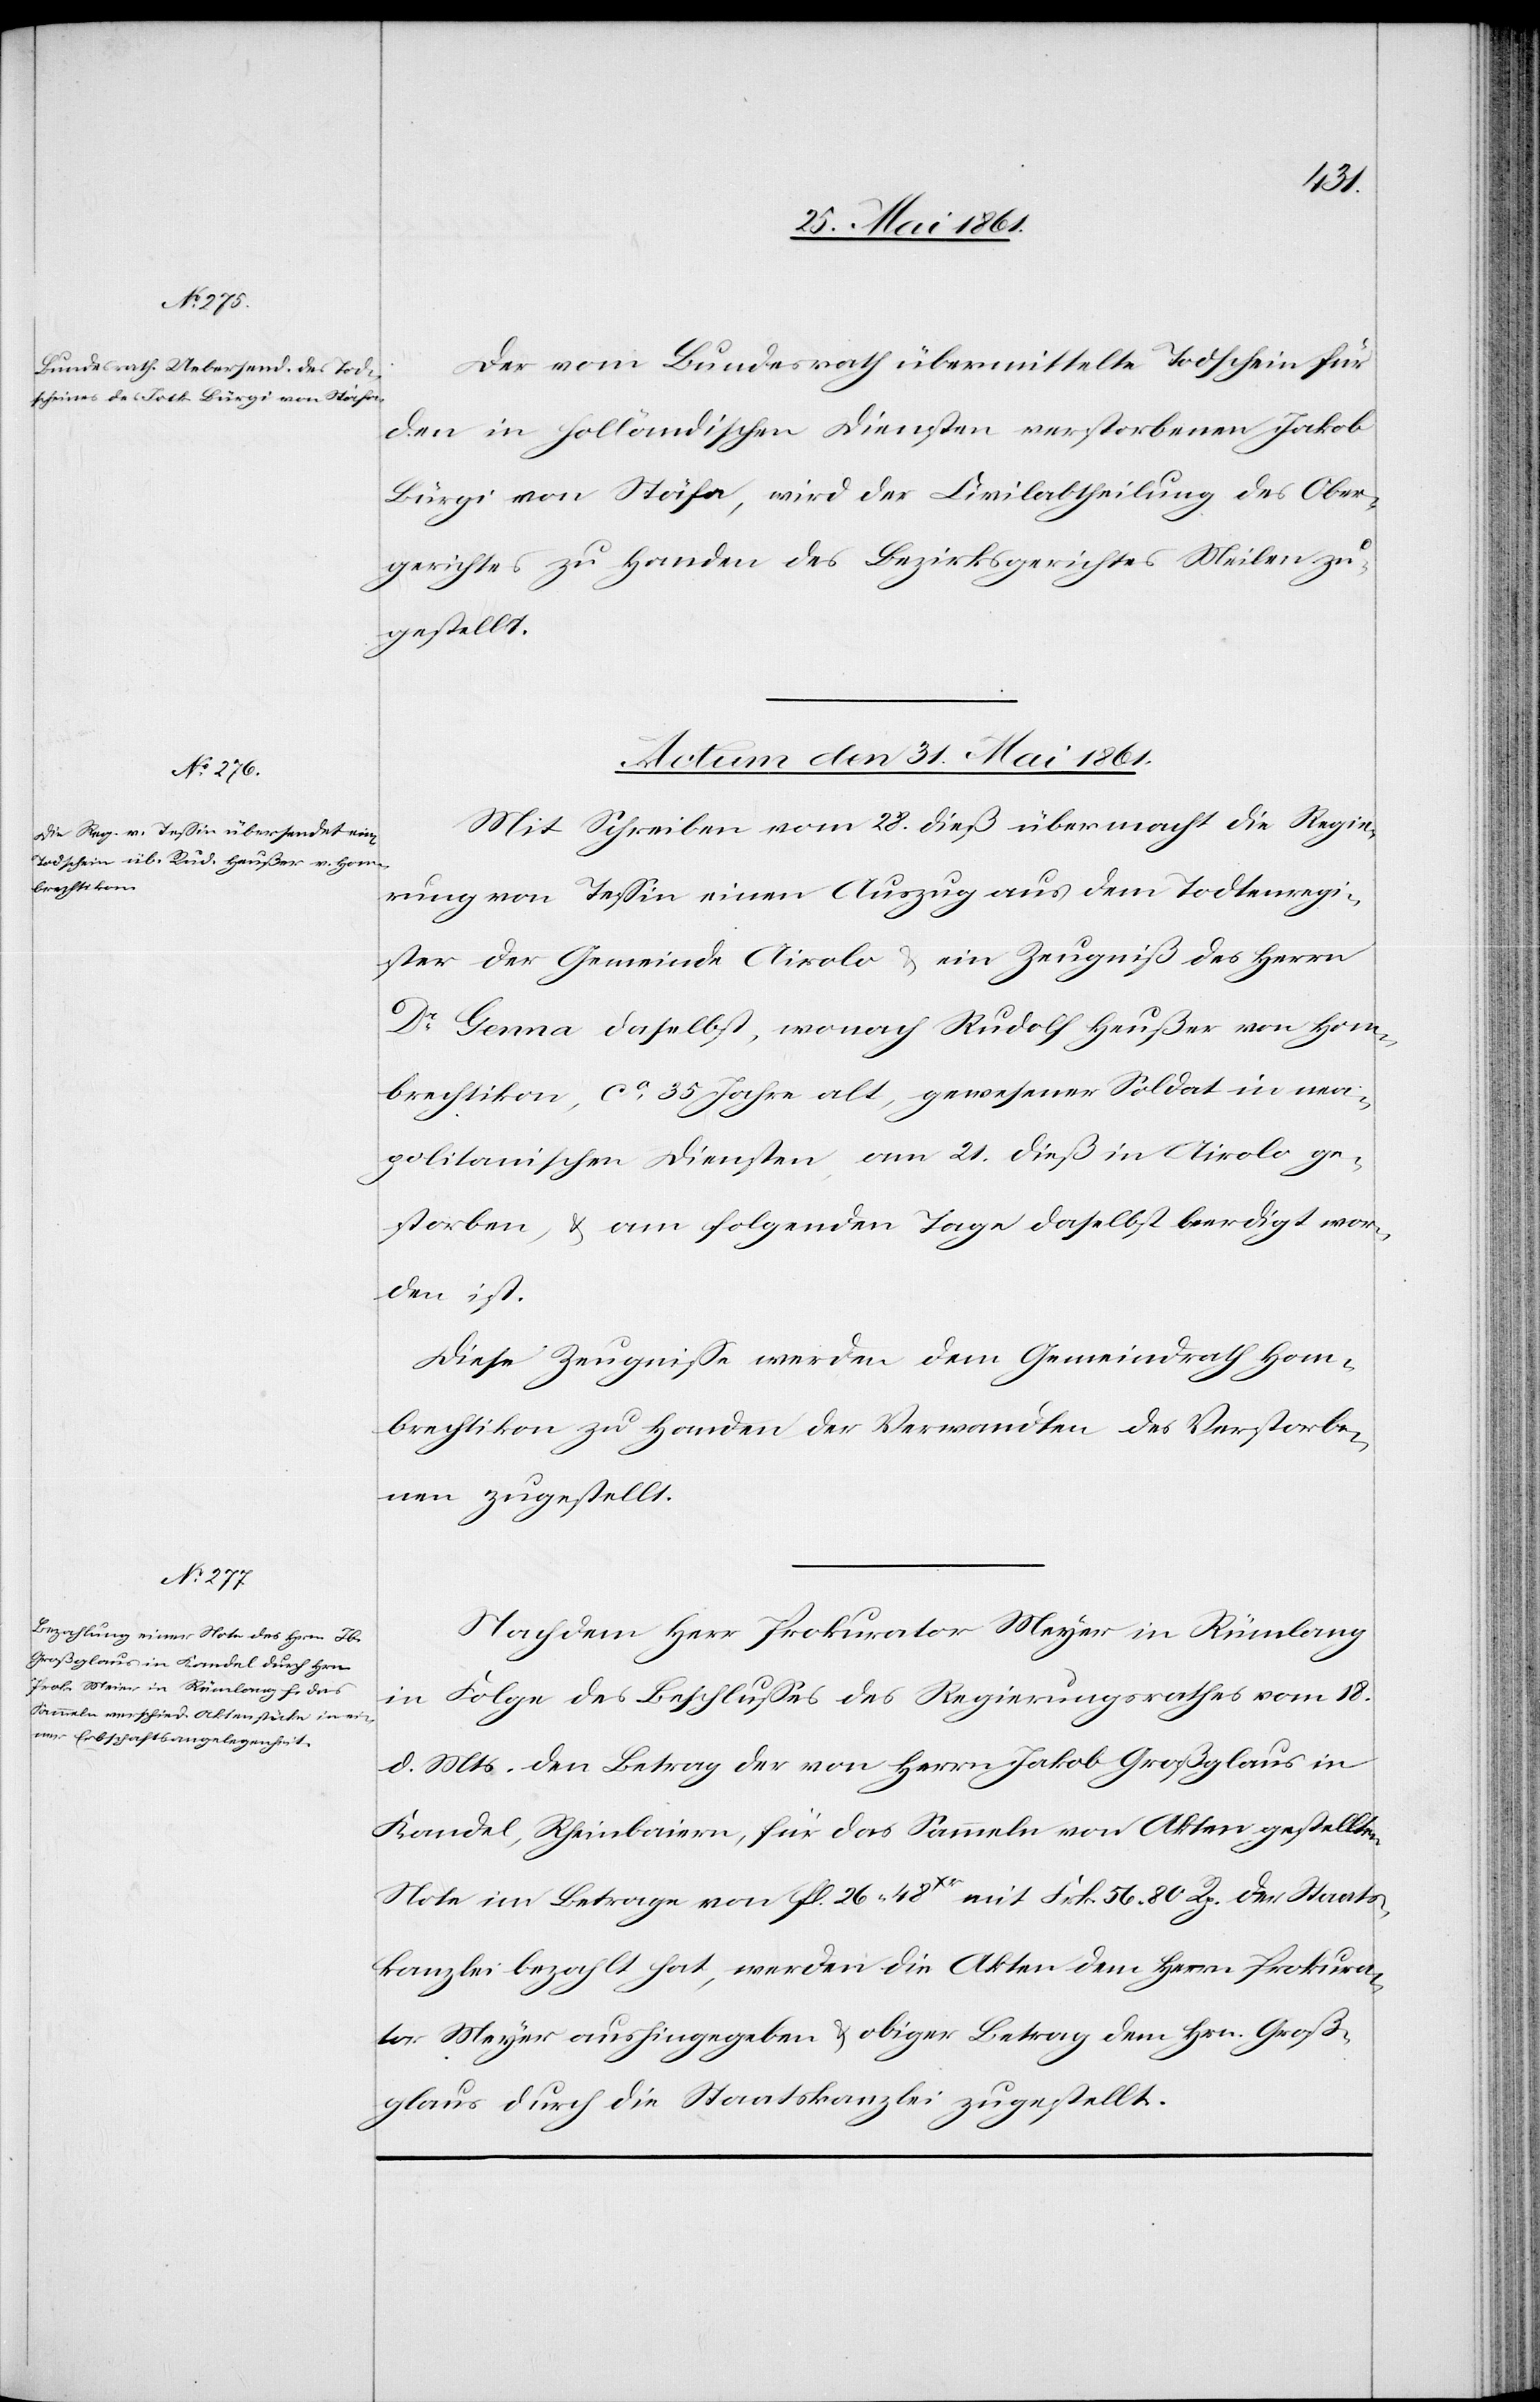
Der vom Bundesrath übermittelte Todschein für
den in holländischen Diensten verstorbenen Jakob
Bürgi von Stäfa, wird der Civilabtheilung des Ober¬
gerichtes zu Handen des Bezirksgerichtes Meilen zu¬
gestellt.
Actum den 31. Mai 1861.]
Mit Schreiben vom 28. dieß übermacht die Regie¬
rung von Tessin einen Auszug aus dem Todtenregi¬
ster der Gemeinde Airolo u. ein Zeugniß des Herrn
Dr. Genna daselbst, wonach Rudolf Heußer von Hom¬
brechtikon, ca 35 Jahre alt, gewesener Soldat in nea¬
politanischen Diensten, am 21. dieß in Airolo ge¬
storben u. am folgenden Tage daselbst beerdigt wor¬
den ist.
Diese Zeugnisse werden dem Gemeindrathe Hom¬
brechtikon zu Handen der Verwandten des Verstorbe¬
nen zugestellt.
Nachdem Herr Prokurator Meyer [sic!] in Rümlang
in Folge des Beschlusses des Regierungsrathes vom 18.
d. Mts. den Betrag der von Herrn Jakob Großglaus in
Kandel, Rheinbaiern, für das Sammeln von Akten gestellten
Note im Betrage von fl. 26 48Xr mit Frk. 56 80 Rp. der Staats¬
kanzlei bezahlt hat, werden die Akten dem Herrn Prokura¬
tor Meyer aushingegeben u. obiger Betrag dem Hrn. Groß¬
glaus durch die Staatskanzlei zugestellt.